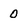
Character: 0